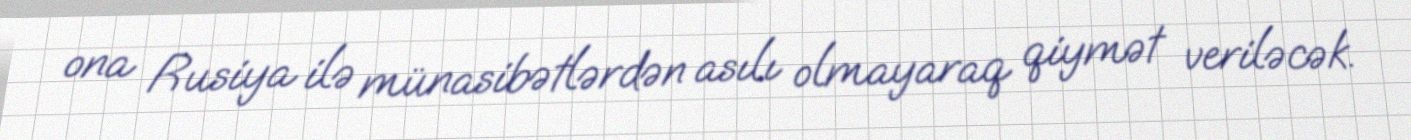
ona Rusiya ilə münasibətlərdən asılı olmayaraq qiymət veriləcək.